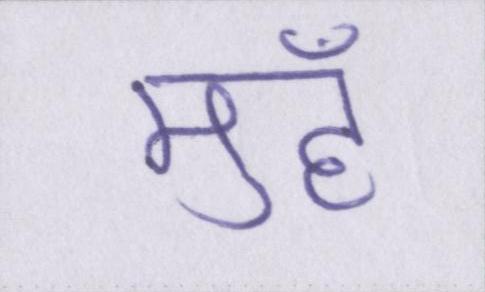
मुहँ